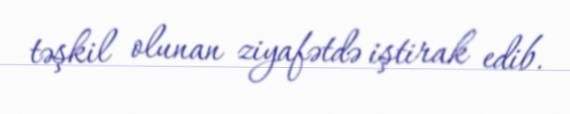
təşkil olunan ziyafətdə iştirak edib.